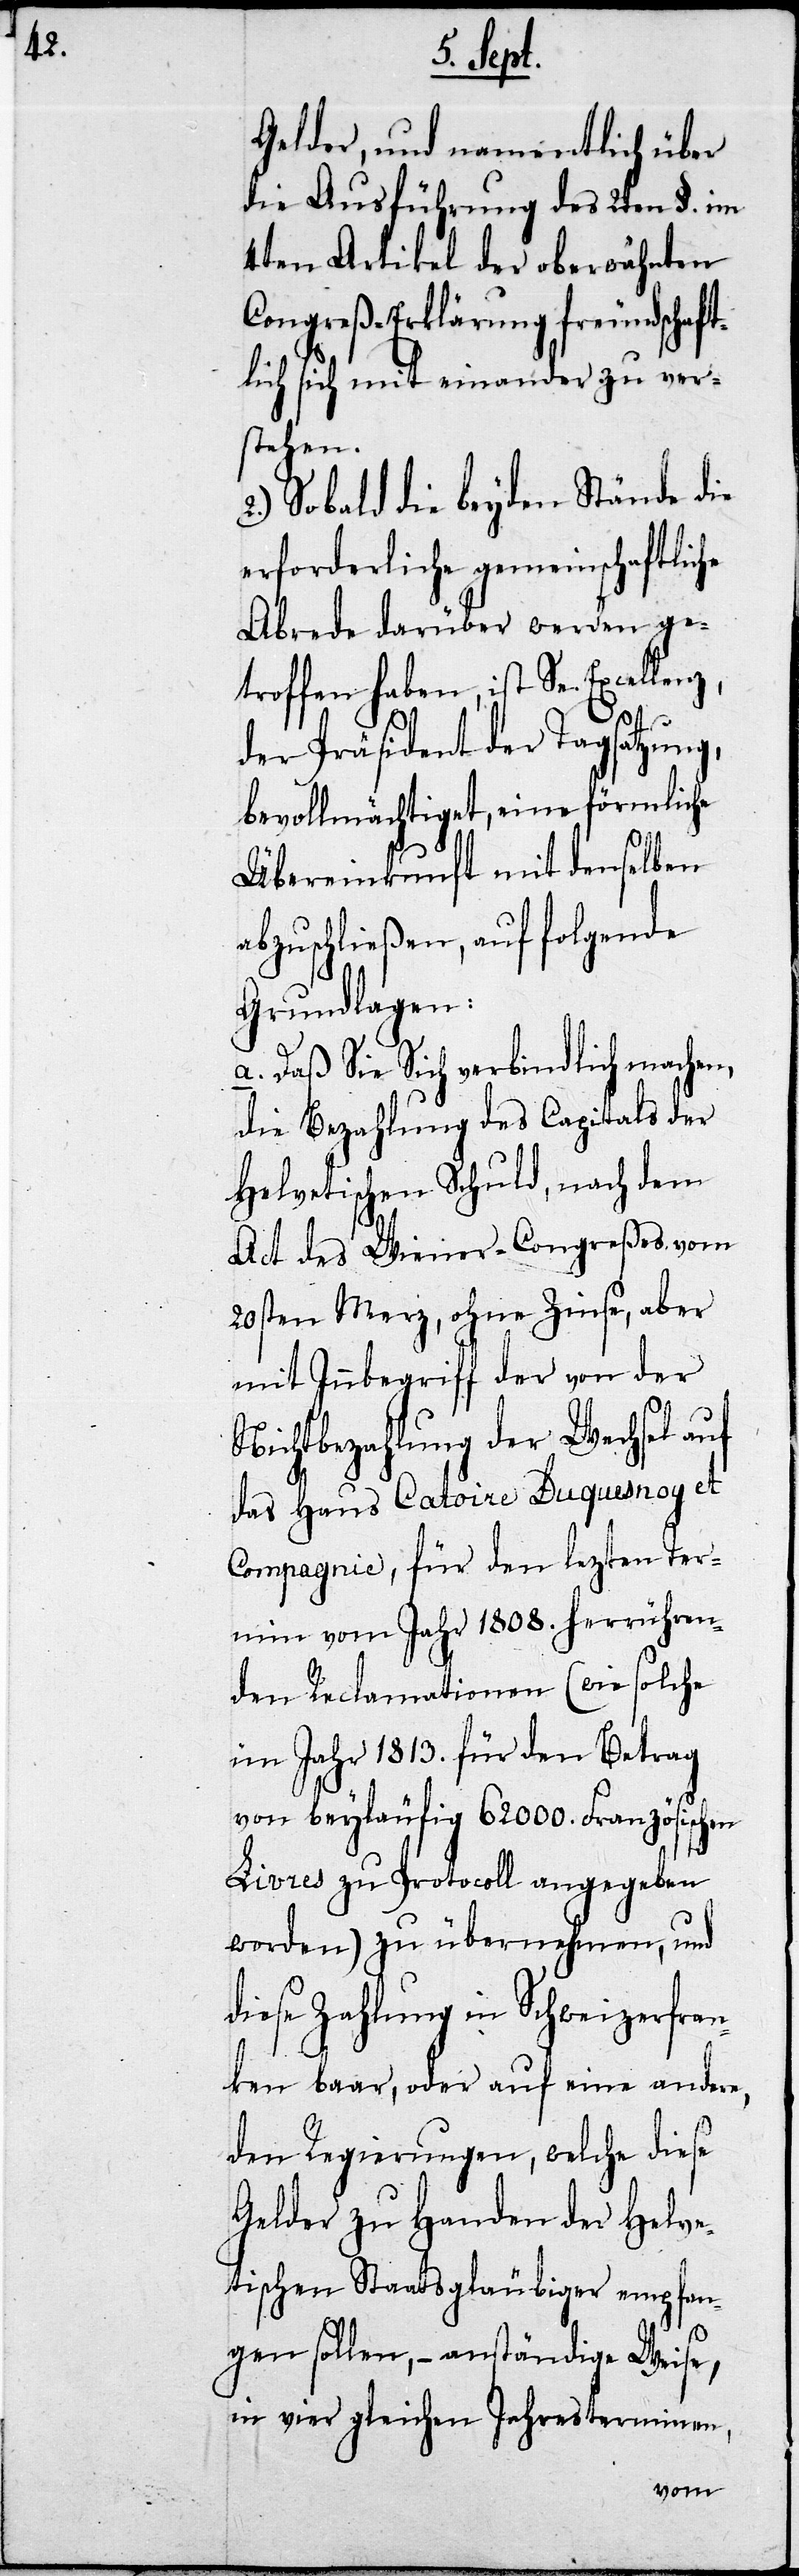
Gelder, und namentlich über
die Ausführung des 2ten §. im
4ten Artikel der obererwähnten
Congreß-Erklärung freundschaft¬
lich sich mit einander zu ver¬
stehen.
2.) Sobald die beyden Stände die
erforderliche gemeinschaftlic¬
he Abrede darüber werden ge¬
troffen haben, ist Se. Excellenz,
der Präsident der Tagsatzung,
bevollmächtiget, eine förmliche
Übereinkunft mit denselben
abzuschließen, auf folgenden
Grundlagen:
a. Daß Sie Sich verbindlich machen,
die Bezahlung des Capitals der
Helvetischen Schuld, nach dem
Act des Wiener-Congreßes vom
20sten Merz, ohne Zinse, aber
mit Inbegriff der von der
Nichtbezahlung der Wechsel auf
das Haus Catoire Duquesnoy et
Compagnie, für den lezten Ter¬
min vom Jahr 1808. herrühren¬
den Reclamationen (wie solche
im Jahr 1813. für den Betrag
von beyläufig 62000. Französischen
Livres zu Protocoll angegeben
worden) zu übernehmen, und
diese Zahlung in Schweizerfran¬
ken baar, oder auf eine andre,
den Regierungen, welche dieses
Gelder zu Handen der Helve¬
tischen Staatsgläubiger empfan¬
gen haben, – anständige Weise,
in vier gleichen Jahresterminen,